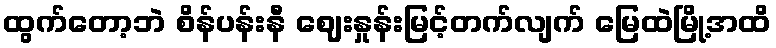
ထွက်တော့ဘဲ စိန်ပန်းနီ ဈေးနှုန်းမြင့်တက်လျက် မြေထဲမြို့အထိ